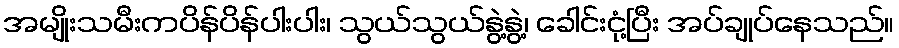
အမျိုးသမီးကပိန်ပိန်ပါးပါး၊ သွယ်သွယ်နွဲ့နွဲ့၊ ခေါင်းငုံ့ပြီး အပ်ချုပ်နေသည်။